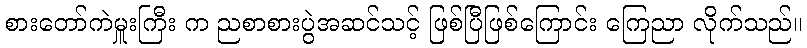
စားတော်ကဲမှူးကြီး က ညစာစားပွဲအဆင်သင့် ဖြစ်ပြီဖြစ်ကြောင်း ကြေညာ လိုက်သည်။